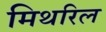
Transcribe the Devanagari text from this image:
मिथरिल